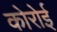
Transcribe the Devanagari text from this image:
कोरोई